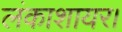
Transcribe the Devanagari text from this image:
लंकाशायर।